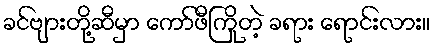
ခင်ဗျားတို့ဆီမှာ ကော်ဖီကြိုတဲ့ ခရား ရောင်းလား။